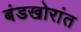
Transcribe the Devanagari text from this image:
बंडखोरांत